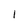
Character: 1